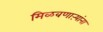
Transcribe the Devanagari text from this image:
मिळवणाऱ्यांना